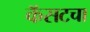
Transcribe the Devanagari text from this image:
कॅसटचा